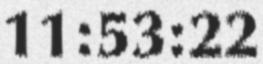
11:53:22